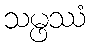
သမ္ဖဿံ